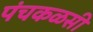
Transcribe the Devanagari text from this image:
पंचकळसी